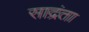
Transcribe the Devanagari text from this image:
साद्रंता